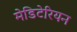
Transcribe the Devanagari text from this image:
मेडिटेरियन